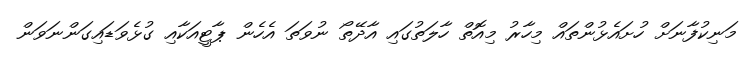
މަނިކުފާނަށް ހުށައެޅުންތައް މިހާރު މިއޮތް ހާލަތުގައި އާދޭތޯ ނުވަތަ އެހެން ޕާޓީއަކާއި ގުޅެވަޑައިގަންނަވަން